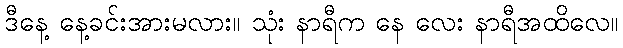
ဒီနေ့ နေ့ခင်းအားမလား။ သုံး နာရီက နေ လေး နာရီအထိလေ။